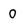
Character: 0